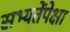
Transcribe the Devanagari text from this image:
सभ्यतेंपेक्षा